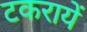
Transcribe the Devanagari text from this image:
टकरायें